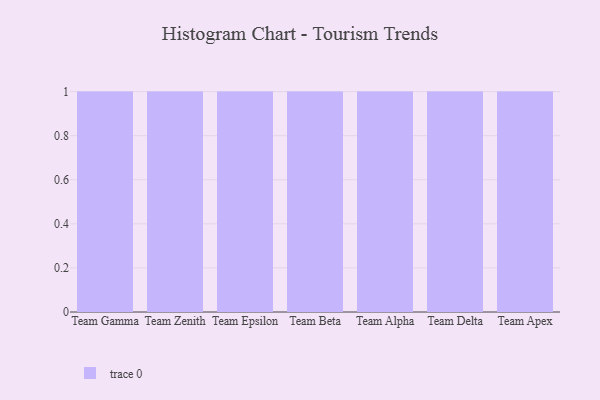
{"axis": {"x": "Team", "y": "Churn Rate (%)"}, "legend": [""], "data": [{"x": "Team Gamma", "y": 42, "type": ""}, {"x": "Team Zenith", "y": 93, "type": ""}, {"x": "Team Epsilon", "y": 21, "type": ""}, {"x": "Team Beta", "y": 62, "type": ""}, {"x": "Team Alpha", "y": 85, "type": ""}, {"x": "Team Delta", "y": 63, "type": ""}, {"x": "Team Apex", "y": 74, "type": ""}]}